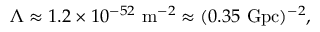
\Lambda \approx 1 . 2 \times 1 0 ^ { - 5 2 } \ \mathrm { m } ^ { - 2 } \approx ( 0 . 3 5 \ \mathrm { G p c } ) ^ { - 2 } ,